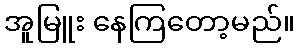
အူမြူး နေကြတော့မည်။